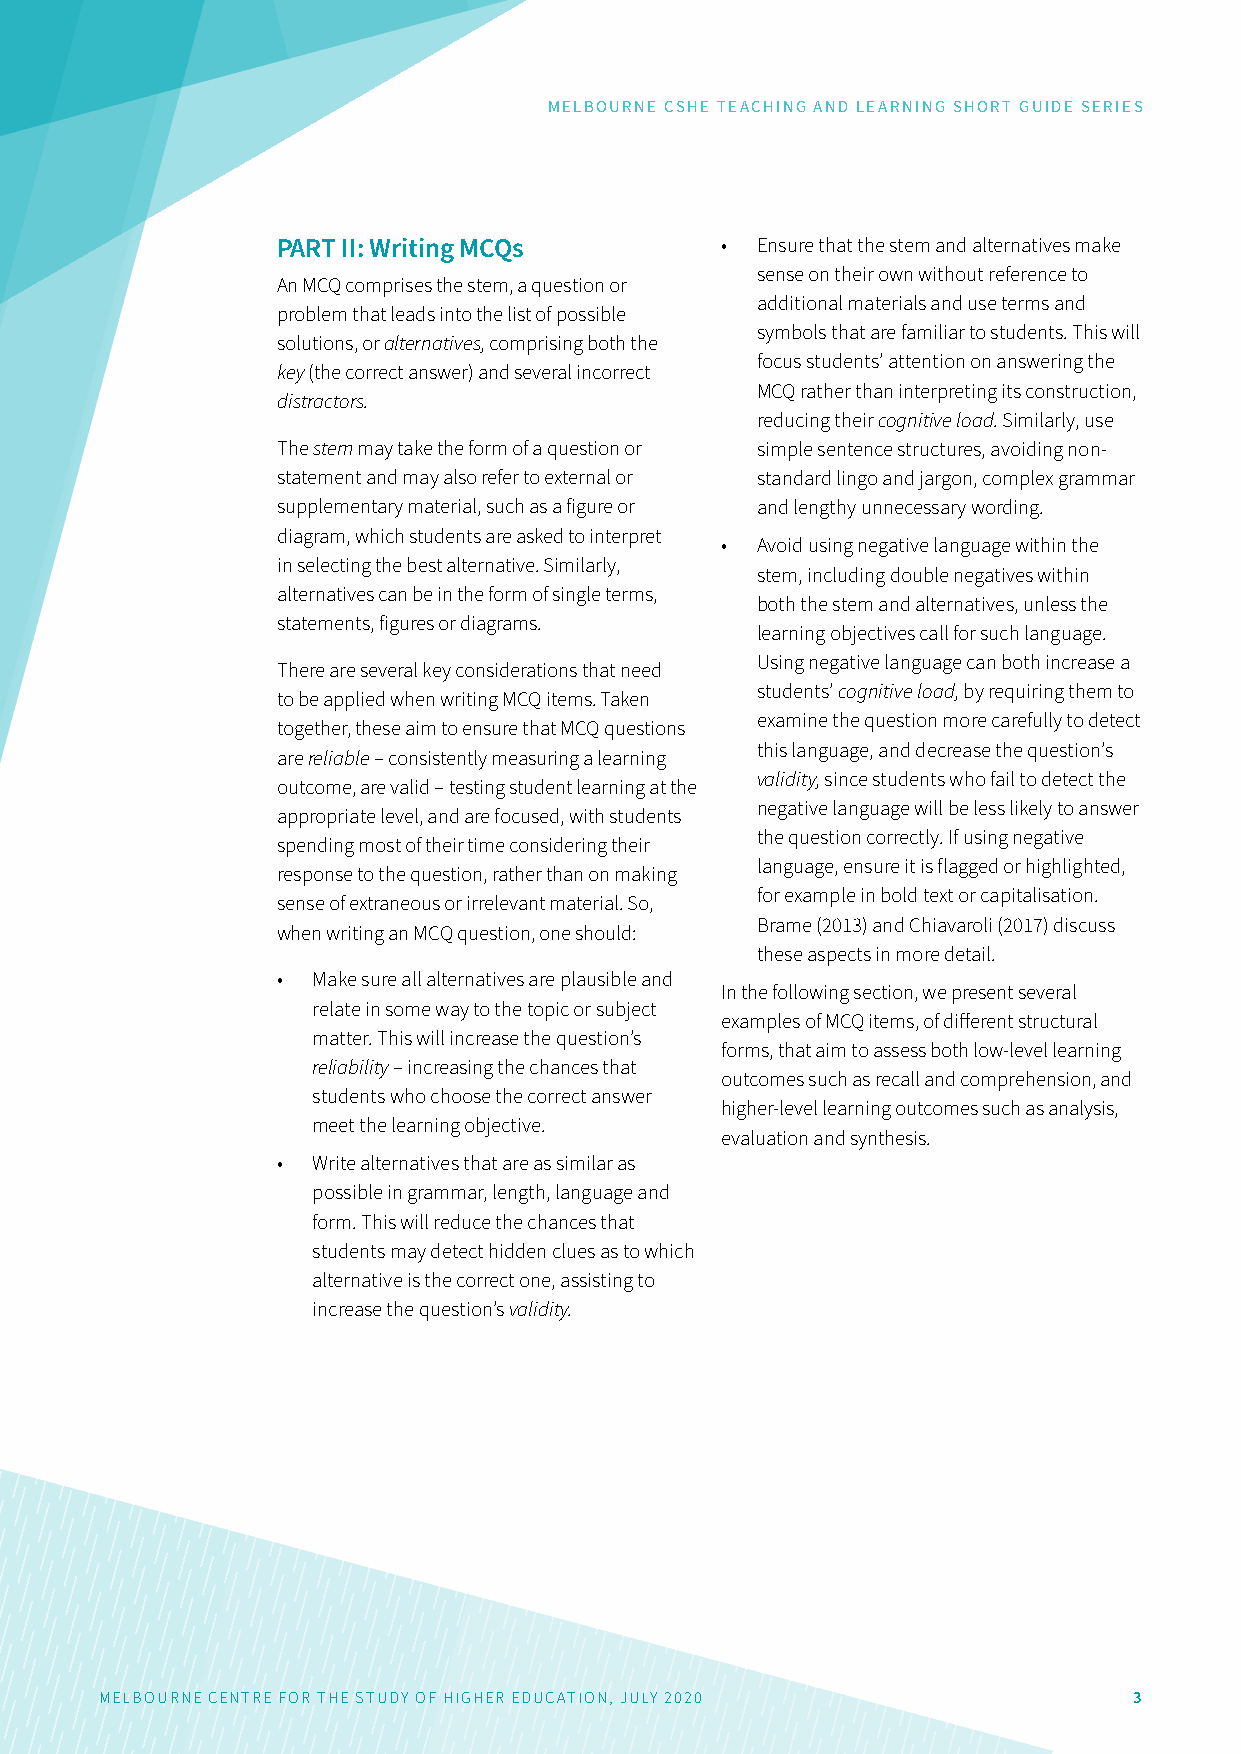
MELBOURNE CSHE TEACHING AND LEARNING SHORT GUIDE SERIES
 PART II: Writing MCQs         • Ensure that the stem and alternatives make
 sense on their own without reference to
 An MCQ comprises the stem, a question or
 additional materials and use terms and
 problem that leads into the list of possible
 symbols that are familiar to students. This will
 solutions, or alternatives, comprising both the
 focus students’ attention on answering the
 key (the correct answer) and several incorrect
 MCQ rather than interpreting its construction,
 distractors.
 reducing their cognitive load. Similarly, use
 The stem may take the form of a question or simple sentence structures, avoiding non-
 statement and may also refer to external or standard lingo and jargon, complex grammar
 supplementary material, such as a figure or and lengthy unnecessary wording.
 diagram, which students are asked to interpret
 • Avoid using negative language within the
 in selecting the best alternative. Similarly,
 stem, including double negatives within
 alternatives can be in the form of single terms,
 both the stem and alternatives, unless the
 statements, figures or diagrams.
 learning objectives call for such language.
 Using negative language can both increase a
 There are several key considerations that need
 students’ cognitive load, by requiring them to
 to be applied when writing MCQ items. Taken
 examine the question more carefully to detect
 together, these aim to ensure that MCQ questions
 this language, and decrease the question’s
 are reliable – consistently measuring a learning
 validity, since students who fail to detect the
 outcome, are valid – testing student learning at the
 negative language will be less likely to answer
 appropriate level, and are focused, with students
 the question correctly. If using negative
 spending most of their time considering their
 language, ensure it is flagged or highlighted,
 response to the question, rather than on making
 for example in bold text or capitalisation.
 sense of extraneous or irrelevant material. So,
 Brame (2013) and Chiavaroli (2017) discuss
 when writing an MCQ question, one should:
 these aspects in more detail.
 •  Make sure all alternatives are plausible and
 In the following section, we present several
 relate in some way to the topic or subject
 examples of MCQ items, of different structural
 matter. This will increase the question’s
 forms, that aim to assess both low-level learning
 reliability – increasing the chances that
 outcomes such as recall and comprehension, and
 students who choose the correct answer
 higher-level learning outcomes such as analysis,
 meet the learning objective.
 evaluation and synthesis.
 •  Write alternatives that are as similar as
 possible in grammar, length, language and
 form. This will reduce the chances that
 students may detect hidden clues as to which
 alternative is the correct one, assisting to
 increase the question’s validity.
 MELBOURNE CENTRE FOR THE STUDY OF HIGHER EDUCATION, JULY 2020       3